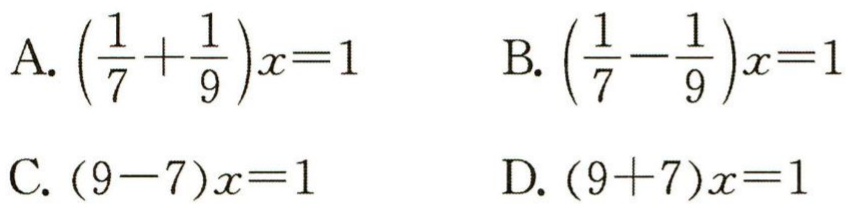
A. $\left(\frac{1}{7}+\frac{1}{9}\right)x = 1$

B. $\left(\frac{1}{7}-\frac{1}{9}\right)x = 1$

C. $(9 - 7)x = 1$

D. $(9 + 7)x = 1$